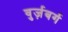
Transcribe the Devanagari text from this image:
वुर्ज़बर्ग